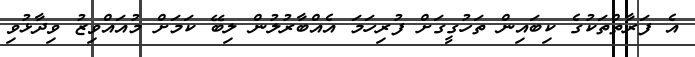
އެ ފަރާތްތަކުގެ ކިބައިން ތަހުގީގަށް ފުރިހަމަ އެއްބާރުލުން ލިބޭ ކަމަށް މުއައްވިޒު ވިދާޅުވި